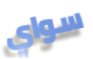
سواي